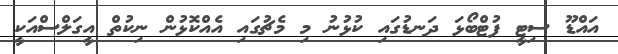
އައްޑޫ ސިޓީ ފުޓްބޯޅަ ދަނޑުގައި ކުޅުނު މި މެޗުގައި އެއްކޮޅުން ނިކުތް އީގަލްސްއަކީ